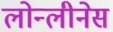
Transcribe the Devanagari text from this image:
लोन्लीनेस